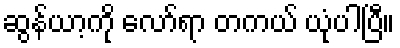
ဆွန်ယာ့ကို လော်ရာ တကယ် ယုံပါပြီ။